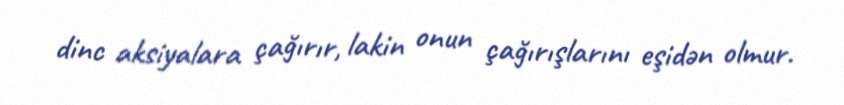
dinc aksiyalara çağırır, lakin onun çağırışlarını eşidən olmur.